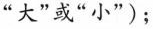
”大”或”小”)；